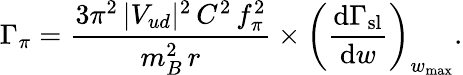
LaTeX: \Gamma_{\pi}={\frac{3\pi^{2}\, |V_{ud}|^{2}\, C^{2}\, f_{\pi}^{2}}{m_{B}^{2}\, r}}\times\left({\frac{\mathrm{d}\Gamma_{\mathrm{sl}}}{\mathrm{d}w}}\right)_{w_{\mathrm{max}}}.